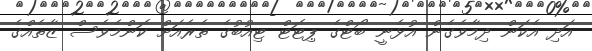
އަދި އެކަން ދިމާވެގެން އުޅެނީ ބޯޓްގެ ޕިޓޮޓް ޓިއުބުގެ ތެރެއަށް ކޮންމެވެސް ޒާތެއްގެ